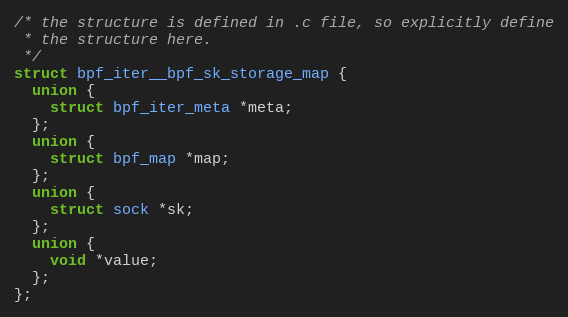
Language: C++
/* the structure is defined in .c file, so explicitly define
 * the structure here.
 */
struct bpf_iter__bpf_sk_storage_map {
  union {
    struct bpf_iter_meta *meta;
  };
  union {
    struct bpf_map *map;
  };
  union {
    struct sock *sk;
  };
  union {
    void *value;
  };
};